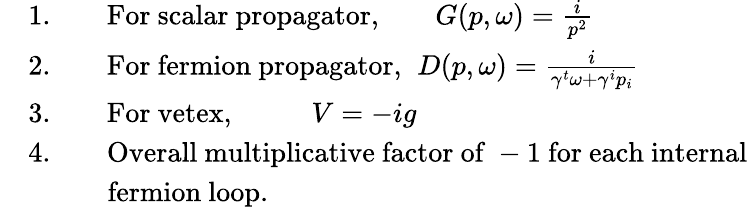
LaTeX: \begin{array}{rl}&{1.\qquad\mathrm{For~scalar~propagator,}\qquad G(p,\omega)=\frac{i}{p^{2}}}\\ &{2.\qquad\mathrm{For~fermion~propagator,}\; \; D(p,\omega)=\frac{i}{\gamma^{t}\omega+\gamma^{i}p_{i}}}\\ &{3.\qquad\mathrm{For~vetex,}\; \; \; \qquad V=-ig\qquad\qquad\qquad}\\ &{4.\qquad\mathrm{Overall~multiplicative~factor~of~-1~for~each~internal}}\\ &{\qquad\; \; \mathrm{~fermion~loop.}}\end{array}